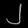
Digit: ၂